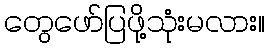
တွေဖော်ပြဖို့သုံးမလား။